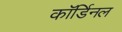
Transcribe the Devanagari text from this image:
कॉर्डिनल